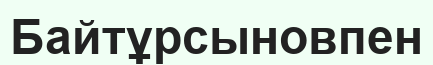
Байтұрсыновпен